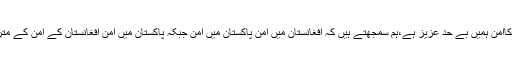
افغانستان کاامن ہمیں بے حد عزیز ہے،ہم سمجھتے ہیں کہ افغانستان میں امن پاکستان میں امن جبکہ پاکستان میں امن افغانستان کے امن کے مترادف ہے۔